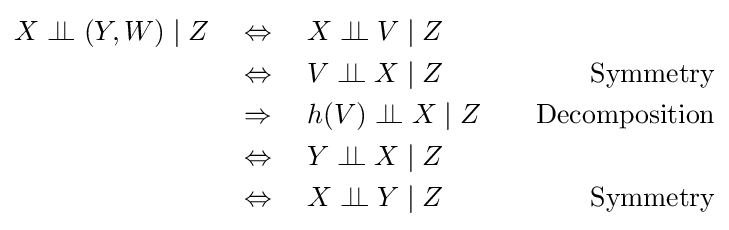
{\begin{aligned}X\perp \!\!\!\perp (Y,W)\mid Z\quad &\Leftrightarrow \quad X\perp \!\!\!\perp V\mid Z\\&\Leftrightarrow \quad V\perp \!\!\!\perp X\mid Z\quad &{\text{Symmetry}}\\&\Rightarrow \quad h(V)\perp \!\!\!\perp X\mid Z\quad &{\text{Decomposition}}\\&\Leftrightarrow \quad Y\perp \!\!\!\perp X\mid Z\\&\Leftrightarrow \quad X\perp \!\!\!\perp Y\mid Z\quad &{\text{Symmetry}}\end{aligned}}